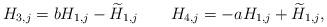
LaTeX: \begin{align*} H_{3,j} = b H_{1,j} - \widetilde H_{1,j} \qquad H_{4,j} = -a H_{1,j} + \widetilde H_{1,j}, \end{align*}